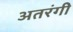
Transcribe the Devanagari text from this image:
अतरंगी